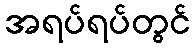
အရပ်ရပ်တွင်